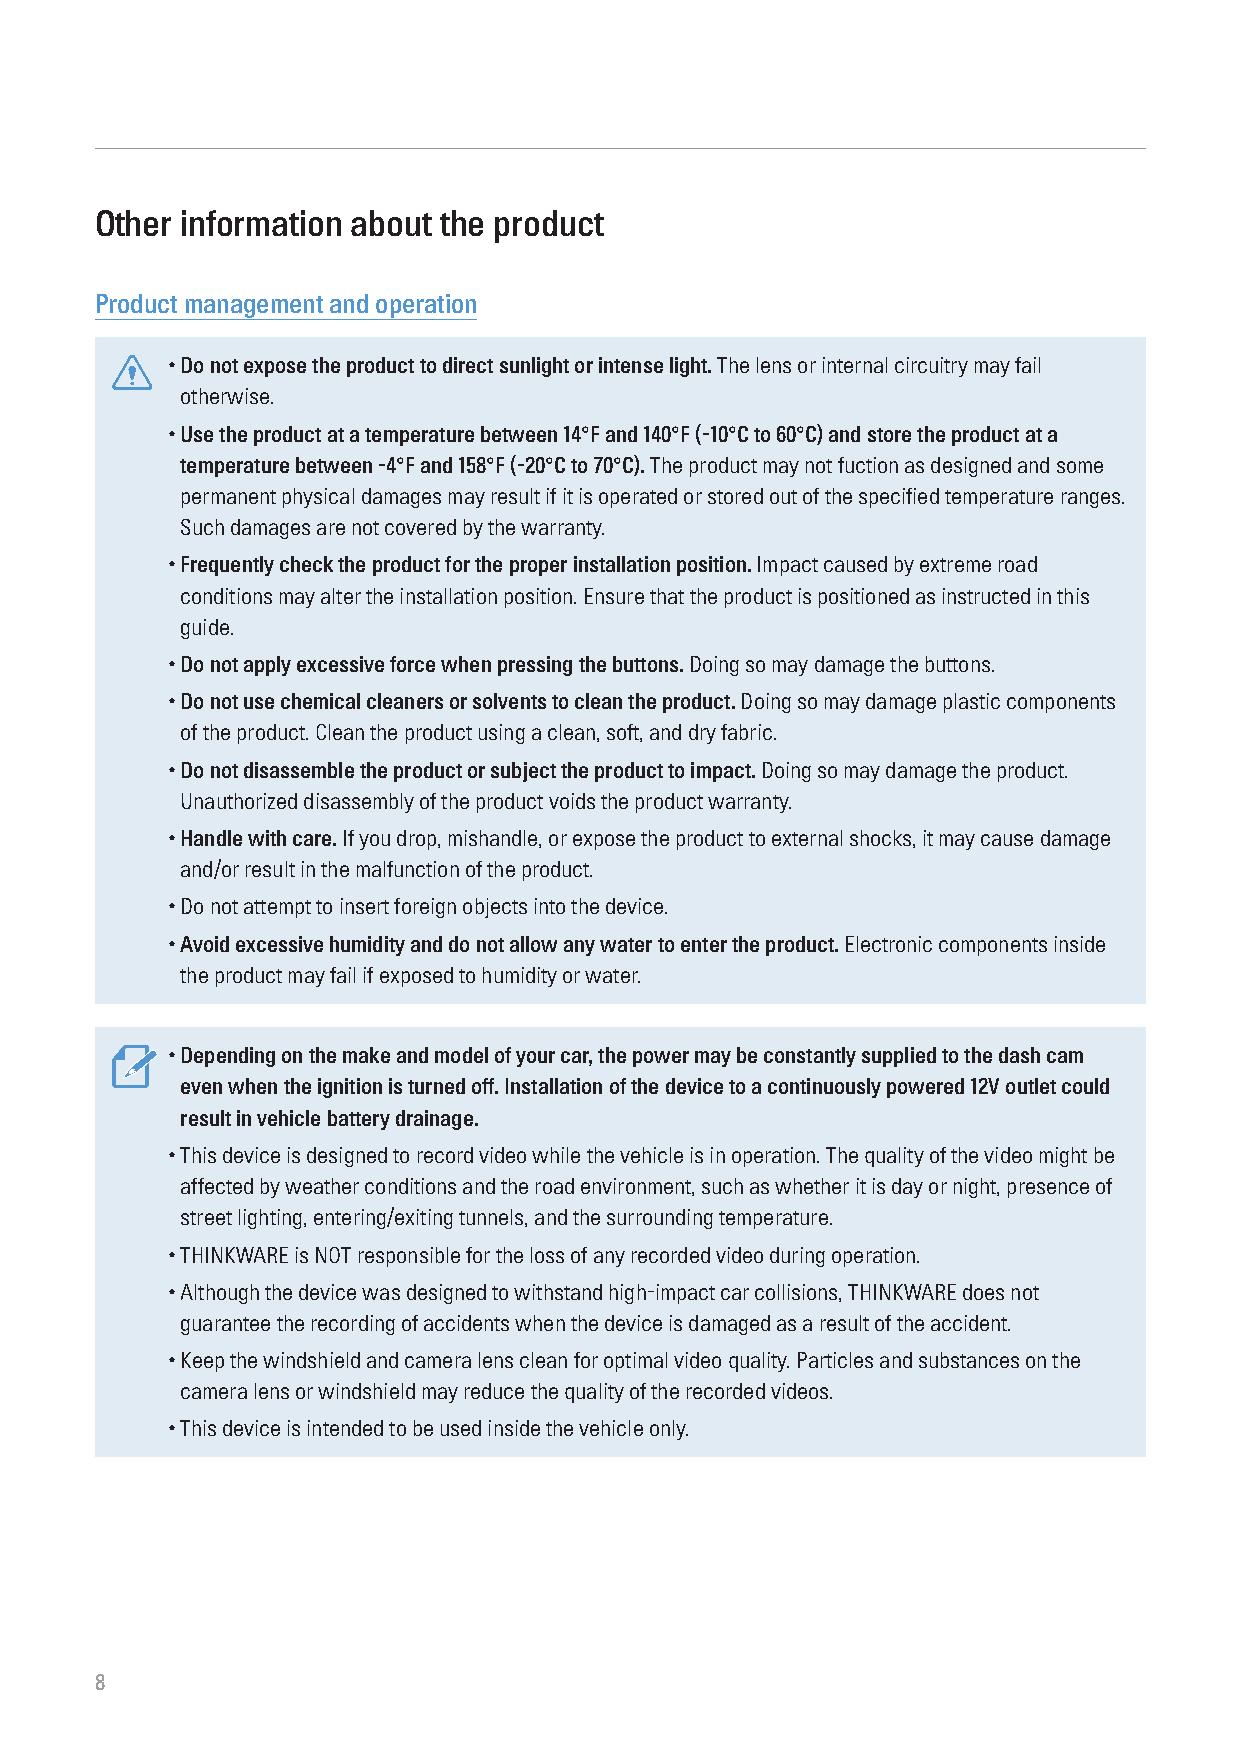
Other information about the product
 Product management and operation
 • Do not expose the product to direct sunlight or intense light. The lens or internal circuitry may fail
 otherwise.
 • Use the product at a temperature between 14°F and 140°F (-10°C to 60°C) and store the product at a
 temperature between -4°F and 158°F (-20°C to 70°C). The product may not fuction as designed and some
 permanent physical damages may result if it is operated or stored out of the specified temperature ranges.
 Such damages are not covered by the warranty.
 • Frequently check the product for the proper installation position. Impact caused by extreme road
 conditions may alter the installation position. Ensure that the product is positioned as instructed in this
 guide.
 • Do not apply excessive force when pressing the buttons. Doing so may damage the buttons.
 • Do not use chemical cleaners or solvents to clean the product. Doing so may damage plastic components
 of the product. Clean the product using a clean, soft, and dry fabric.
 • Do not disassemble the product or subject the product to impact. Doing so may damage the product.
 Unauthorized disassembly of the product voids the product warranty.
 • Handle with care. If you drop, mishandle, or expose the product to external shocks, it may cause damage
 and/or result in the malfunction of the product.
 • Do not attempt to insert foreign objects into the device.
 • Avoid excessive humidity and do not allow any water to enter the product. Electronic components inside
 the product may fail if exposed to humidity or water.
 • Depending on the make and model of your car, the power may be constantly supplied to the dash cam
 even when the ignition is turned off. Installation of the device to a continuously powered 12V outlet could
 result in vehicle battery drainage.
 • This device is designed to record video while the vehicle is in operation. The quality of the video might be
 affected by weather conditions and the road environment, such as whether it is day or night, presence of
 street lighting, entering/exiting tunnels, and the surrounding temperature.
 • THINKWARE is NOT responsible for the loss of any recorded video during operation.
 • Although the device was designed to withstand high-impact car collisions, THINKWARE does not
 guarantee the recording of accidents when the device is damaged as a result of the accident.
 • Keep the windshield and camera lens clean for optimal video quality. Particles and substances on the
 camera lens or windshield may reduce the quality of the recorded videos.
 • This device is intended to be used inside the vehicle only.
 8